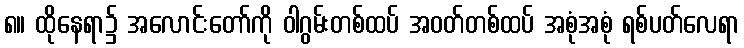
၈။ ထိုနေရာ၌ အလောင်းတော်ကို ဝါဂွမ်းတစ်ထပ် အဝတ်တစ်ထပ် အစုံအစုံ ရစ်ပတ်လေရာ